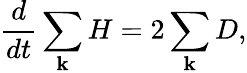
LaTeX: \frac{d}{dt}\sum_{\mathbf k}H=2\sum_{\mathbf k}D,